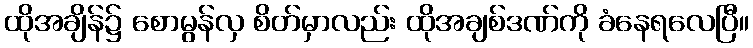
ထိုအချိန်၌ စောမွန်လှ စိတ်မှာလည်း ထိုအချစ်ဒဏ်ကို ခံနေရလေပြီ။